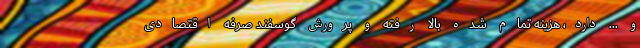
و ... دارد، هزینه تمام شده بالا رفته و پرورش گوسفند صرفه اقتصادی